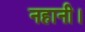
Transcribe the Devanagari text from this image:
नहानी।